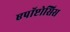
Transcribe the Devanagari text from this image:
एपॉप्टोसिस